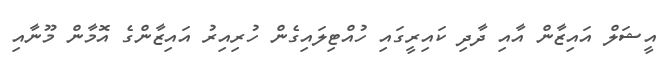
އީޝަލް އައިޒާން އާއި ދާދި ކައިރީގައި ހުއްޓިލައިގެން ހުރިއިރު އައިޒާންގެ އޮމާން މޫނާއި